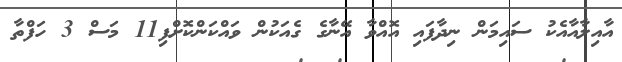
އާއިލާއާއެކު ސައިމަން ނިދާފައި އޮއްވާ އޭނާގެ ގެއަކުން ވައްކަންކޮށްފި11 މަސް 3 ހަފްތާ